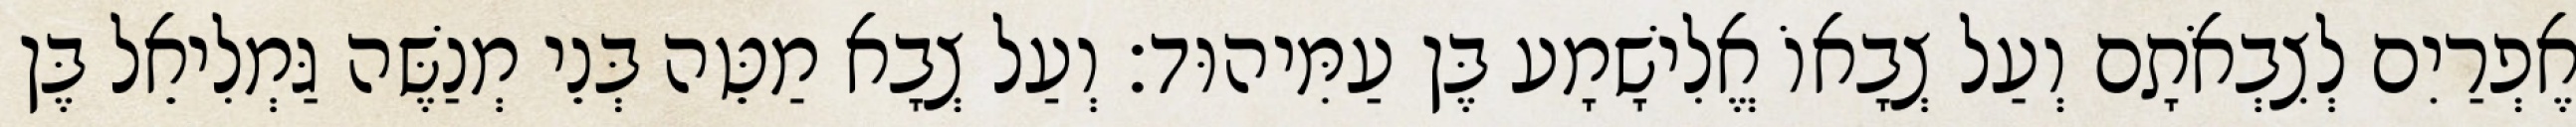
אֶפְרַיִם לְצִבְאֹתָם וְעַל צְבָאוֹ אֱלִישָׁמָע בֶּן עַמִּיהוּד׃ וְעַל צְבָא מַטֵּה בְּנֵי מְנַשֶּׁה גַּמְלִיאֵל בֶּן